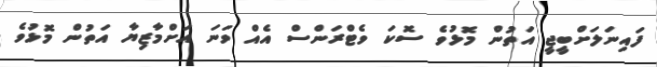
ފައިނަލަށްބީޖީ އަތުން މޮޅުވެ ސޮކަ ވެޓްރަންސް އެއް ވަނަ އަށްމާޒިޔާ އަތުން މޮޅުވެ